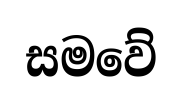
සමවේ